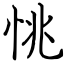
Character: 恌